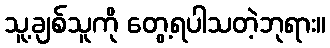
သူ့ချစ်သူကို တွေ့ရပါသတဲ့ဘုရား။